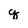
Character: q